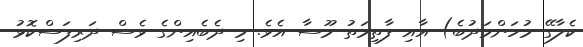
ކެލާގޭ މުހަންމަދުބެ) އާއި ފާތިމަތު މޫސާ އެވެ. މި ދެބެއިންގެ ވެސް ދަރިފަސްކޮޅު